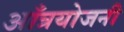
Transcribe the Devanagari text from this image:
आँत्रयोजनी